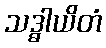
သဒ္ဓါယိတံ